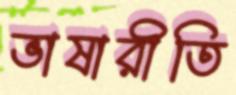
ভাষারীতি